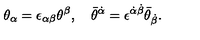
\theta _ { \alpha } = \epsilon _ { \alpha \beta } \theta ^ { \beta } , \quad \bar { \theta } ^ { \dot { \alpha } } = \epsilon ^ { \dot { \alpha } \dot { \beta } } \bar { \theta } _ { \dot { \beta } } .